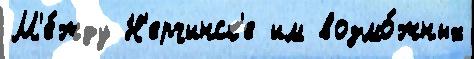
М'е́жду Н'ерчинск'е им возмо́жных